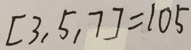
[ 3 , 5 , 7 ] = 1 0 5